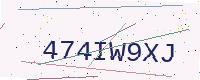
Text: 474IW9XJ